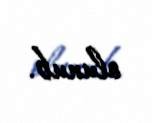
olunub.